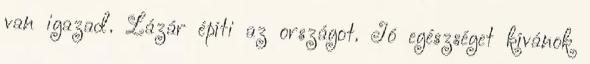
van igazad. Lázár építi az országot. Jó egészséget kívánok